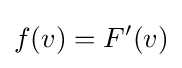
f(v)=F'(v)